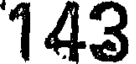
143